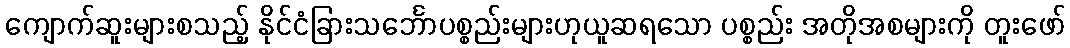
ကျောက်ဆူးများစသည့် နိုင်ငံခြားသင်္ဘောပစ္စည်းများဟုယူဆရသော ပစ္စည်း အတိုအစများကို တူးဖော်